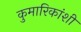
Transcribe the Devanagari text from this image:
कुमारिकांशी